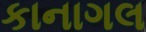
કાનાગલ